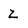
Character: Z